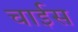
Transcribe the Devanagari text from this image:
चाईस